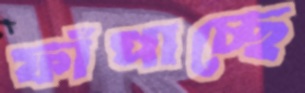
ফাঁপাচ্ছে